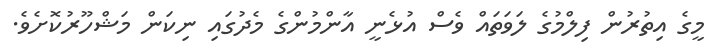
މީގެ އިތުރުން ފިލްމުގެ ލަވަތައް ވެސް އުޅެނީ އާންމުންގެ މެދުގައި ނިކަން މަޝްހޫރުކޮށެވެ.